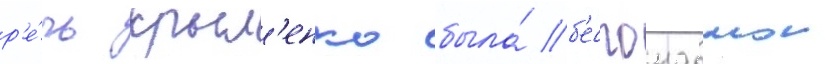
р'е́чь крыл'енко была́ б'еспощаднои